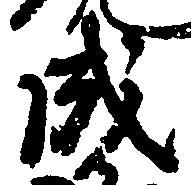
成